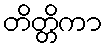
တိတ္တိကာ